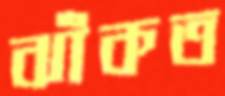
ঝাঁকত